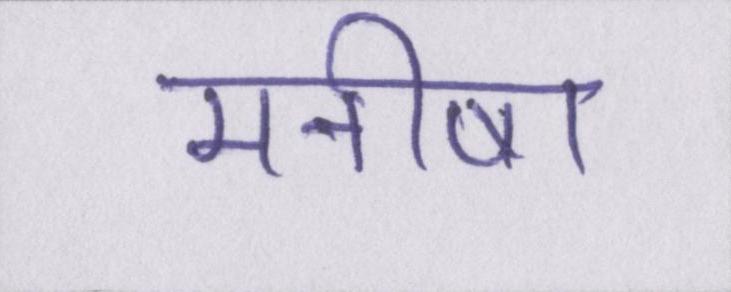
मनीषा